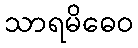
သာရမိဓေဝ